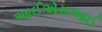
આઈએસઆઈ